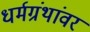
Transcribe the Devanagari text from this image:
धर्मग्रंथांवर